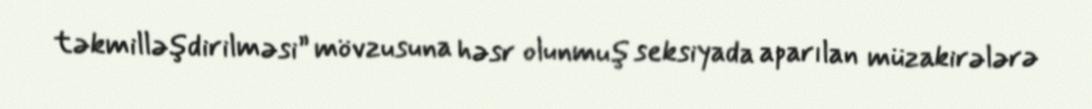
təkmilləşdirilməsi” mövzusuna həsr olunmuş seksiyada aparılan müzakirələrə